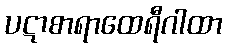
ပဋာစာရာထေရီဂါထာ